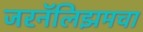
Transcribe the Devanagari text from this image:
जरनॅलिझमचा